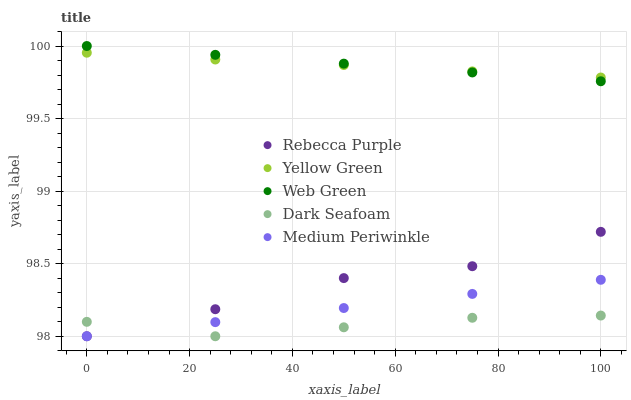
| xaxis_label | Rebecca Purple | Yellow Green | Web Green | Dark Seafoam | Medium Periwinkle |
 | --- | --- | --- | --- | --- | --- |
 | 0 | 98 | 100 | 100 | 98.1 | 98 |
 | 25 | 98.2 | 99.9 | 99.9 | 98 | 98.1 |
 | 50 | 98.4 | 99.9 | 99.9 | 98.1 | 98.2 |
 | 75 | 98.5 | 99.8 | 99.8 | 98.1 | 98.3 |
 | 100 | 98.7 | 99.8 | 99.8 | 98.1 | 98.4 |